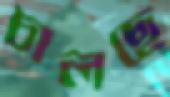
চালছে